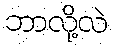
ဘာလို့လဲ